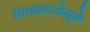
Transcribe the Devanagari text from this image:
विवाहप्रथेमुळे